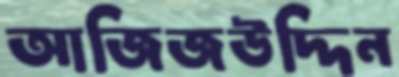
আজিজউদ্দিন